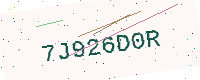
Text: 7J926D0R